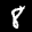
Label: 8